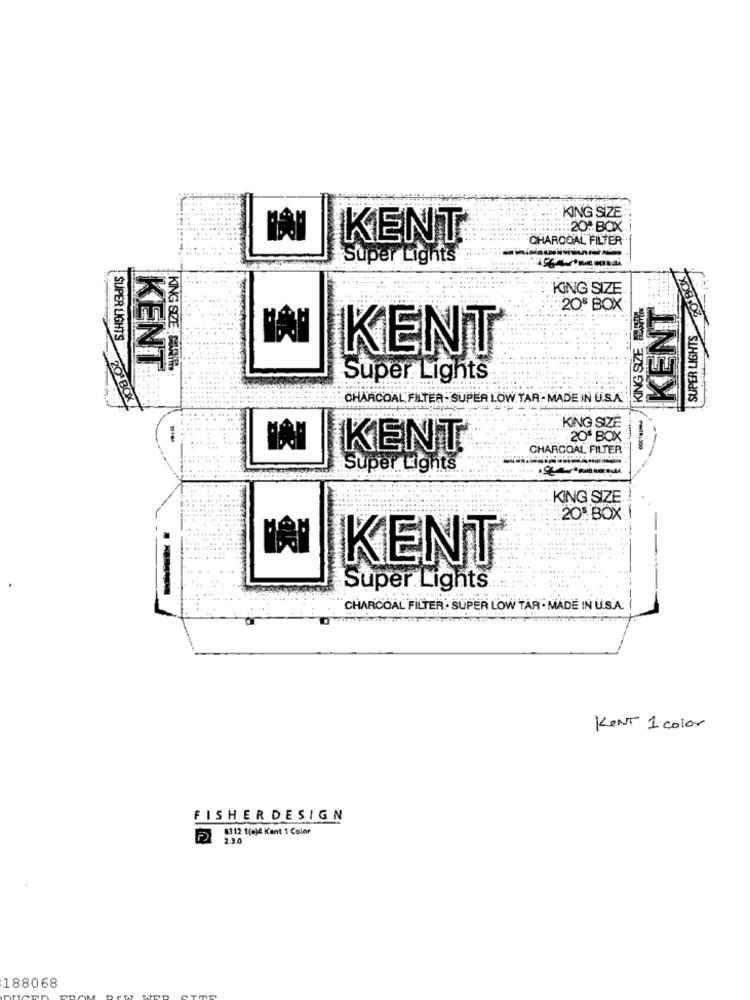
KING SIZE
20ª.BOX
KENT
CHARCOAL FILTER
Super Lights
KENT
KING SIZE
20€
SUPER LIGHTS
SUPER LIGHTS
KENT
KING SIZE : SAY
KENT
Super Lights
CHARCOAL FILTER - SUPER LOW TAR - MADE IN U.S.A.
20 BOX
KING SIZE
20ª BOX
KENT
CHARCOAL FILTER
Super Lights
KING SIZE
-
20 BOX
-
KENT
Super Lights
---
CHARCOAL FILTER . SUPER LOW TAR - MADE IN U.S.A.
KENT 1 color
FISHER DESIGN
8312 1(0)4 Kent 1 Color
230
188068